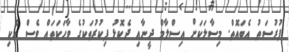
ފުރުސަތު އެބައޮތް. މިސާލަކަށް އިސްލާމް ދީނާއި ދެކޮޅު ފިކުރުތަކުގެ ވާހަކަތައް ވެސް އެކި